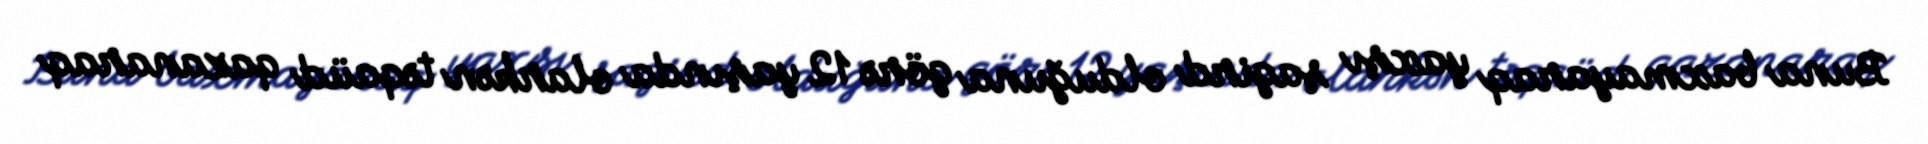
Buna baxmayaraq yaxşı şagird olduğuna görə 12 yaşında olarkən təqaüd qazanaraq